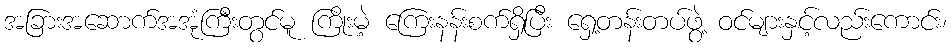
အခြားအဆောက်အအုံကြီးတွင်မူ ကြိုးမဲ့ ကြေးနန်းစက်ရှိပြီး ရှေ့တန်းတပ်ဖွဲ့ ဝင်များနှင့်လည်းကောင်း၊